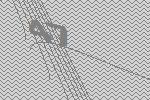
47